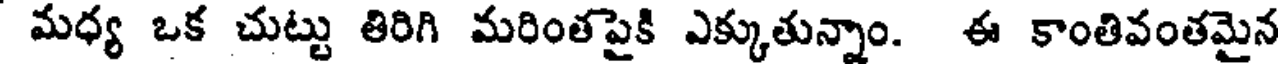
మధ్య ఒక చుట్టు తిరిగి మరింతపైకి ఎక్కుతున్నాం. ఈ కాంతివంతమైన